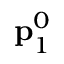
{ \bf p } _ { 1 } ^ { 0 }